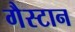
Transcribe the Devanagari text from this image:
गैस्टान